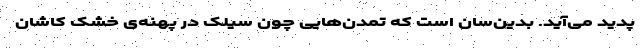
پدید می‌آید. بدین‌سان است که تمدن‌هایی چون سیلک در پهنه‌ی خشک کاشان